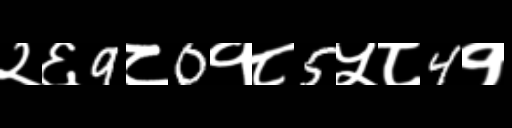
Text: २६9८0१८5५८4१